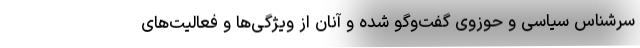
سرشناس سیاسی و حوزوی گفت‌وگو شده و آنان از ویژگی‌ها و فعالیت‌های